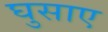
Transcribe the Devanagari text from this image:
घुसाए